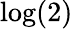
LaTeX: \log(2)